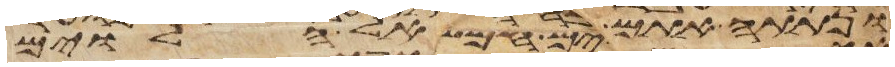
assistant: ונתתה אתם אל הלוים